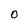
Character: O